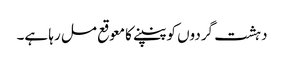
دہشت گردوں کو پنپنے کا معوقع مل رہا ہے۔